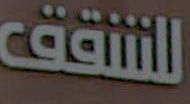
للشقق